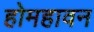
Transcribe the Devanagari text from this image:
होमहावन